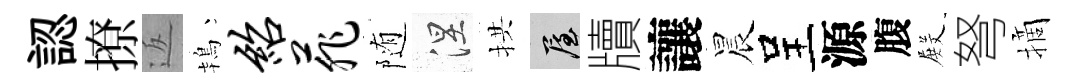
認撩返鴇绍菲随涅拱屋牘讓晨呈源腹𭮺弩摘